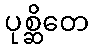
ပုစ္ဆိတေ